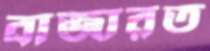
বাজারত